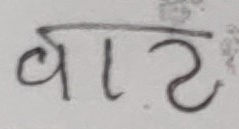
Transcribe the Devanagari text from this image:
वाट